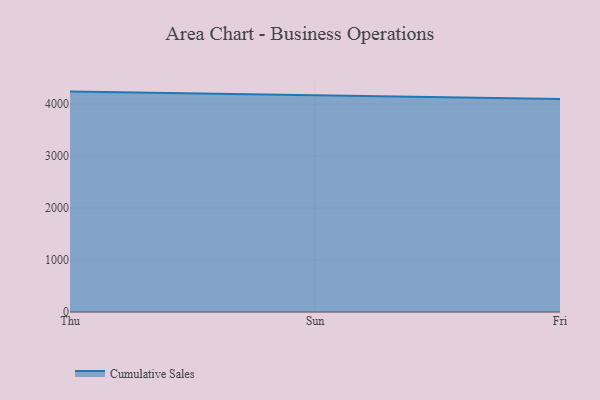
{"axis": {"x": "Day", "y": "Humidity (%)"}, "legend": ["Cumulative Sales"], "data": [{"x": "Thu", "y": 4240.1, "type": "Cumulative Sales"}, {"x": "Sun", "y": 4168.4, "type": "Cumulative Sales"}, {"x": "Fri", "y": 4099.8, "type": "Cumulative Sales"}]}